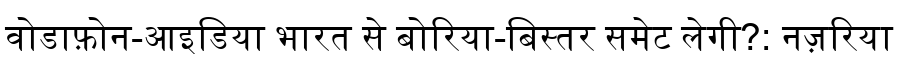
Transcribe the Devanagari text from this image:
वोडाफ़ोन-आइडिया भारत से बोरिया-बिस्तर समेट लेगी?: नज़रिया